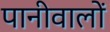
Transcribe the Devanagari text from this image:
पानीवालों